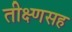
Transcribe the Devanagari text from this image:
तीक्ष्णसह